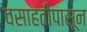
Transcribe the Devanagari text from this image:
वसाहतींपासून